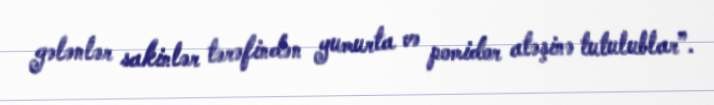
gələnlər sakinlər tərəfindən yumurta və pomidor atəşinə tutulublar”.